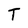
Character: T